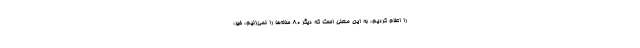
را اعلام کردیم، به این معنی است که دیگر ۸۰ ساله‌ها را نمی‌زنیم، خیر،